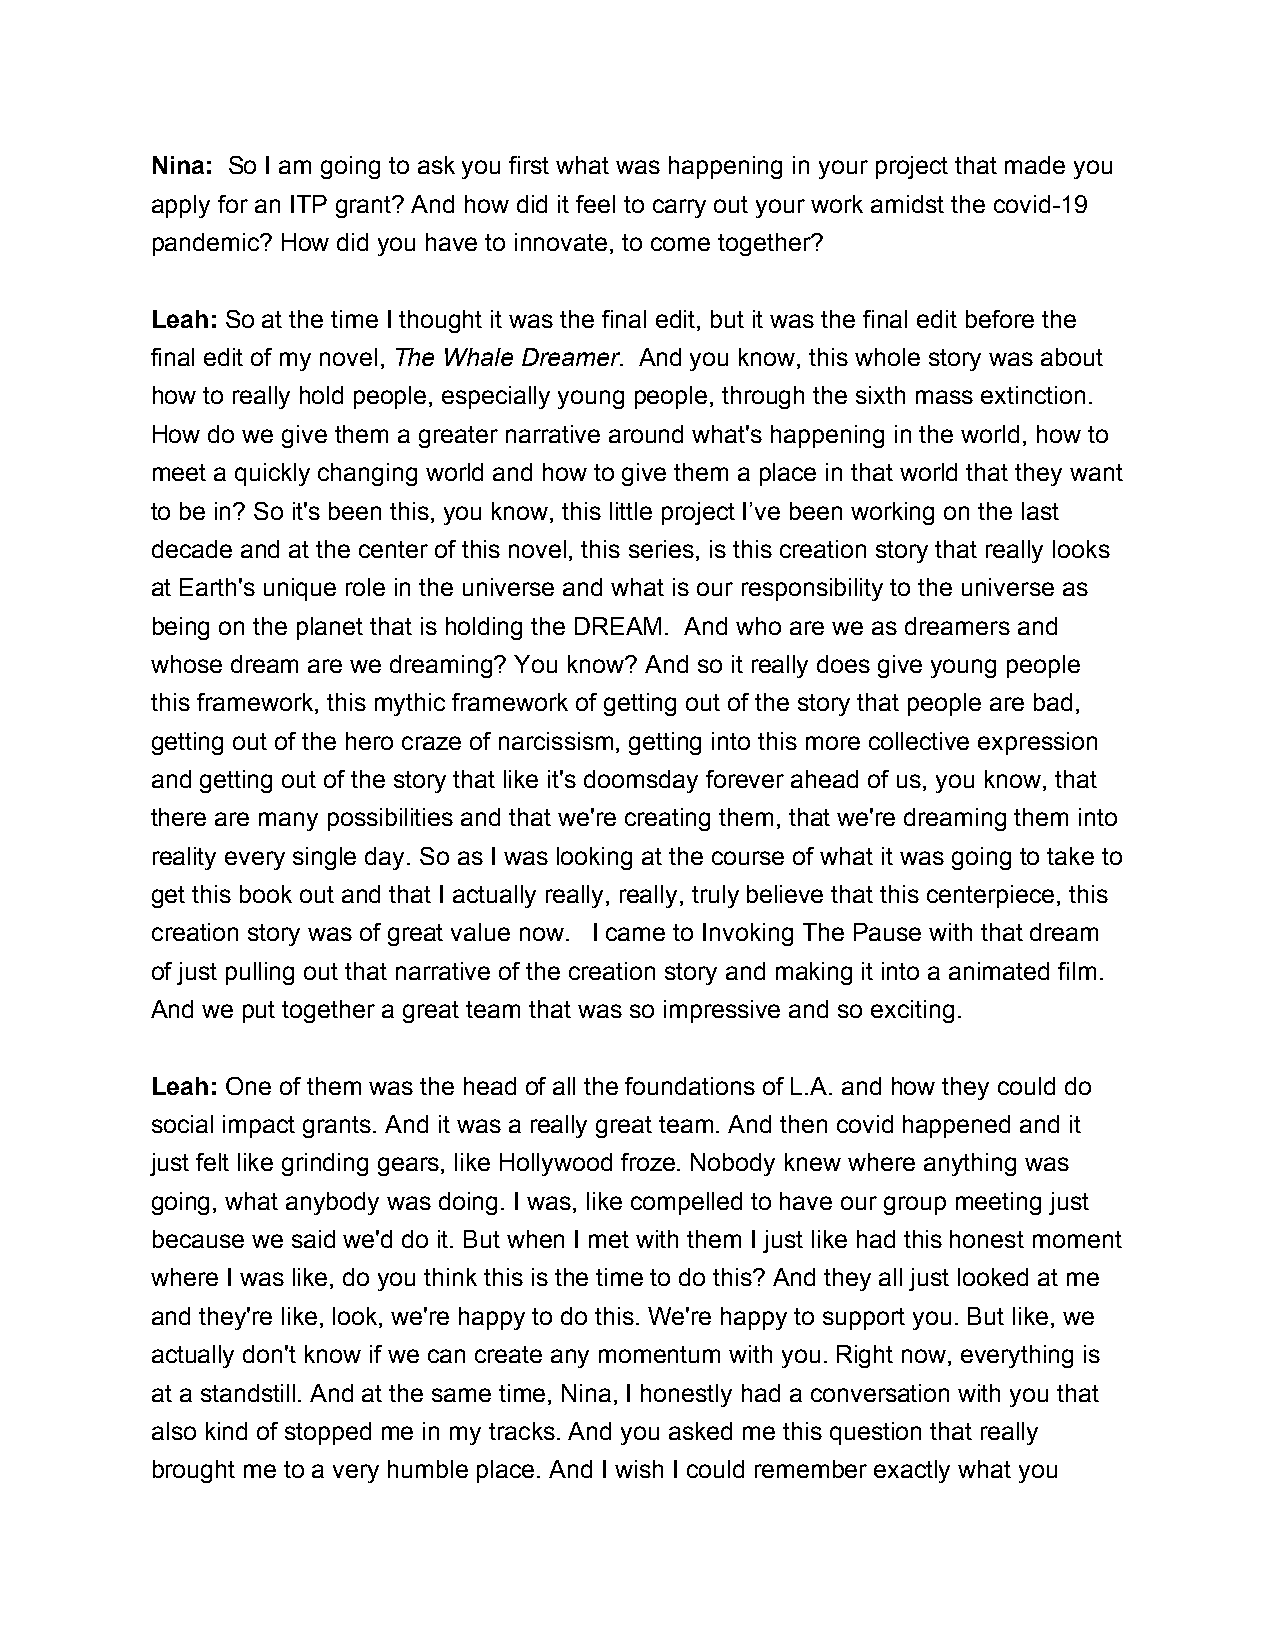
Nina: So I am going to ask you first what was happening in your project that made you
 apply for an ITP grant? And how did it feel to carry out your work amidst the covid-19
 pandemic? How did you have to innovate, to come together?
 Leah: So at the time I thought it was the final edit, but it was the final edit before the
 final edit of my novel, The Whale Dreamer. And you know, this whole story was about
 how to really hold people, especially young people, through the sixth mass extinction.
 How do we give them a greater narrative around what's happening in the world, how to
 meet a quickly changing world and how to give them a place in that world that they want
 to be in? So it's been this, you know, this little project I’ve been working on the last
 decade and at the center of this novel, this series, is this creation story that really looks
 at Earth's unique role in the universe and what is our responsibility to the universe as
 being on the planet that is holding the DREAM. And who are we as dreamers and
 whose dream are we dreaming? You know? And so it really does give young people
 this framework, this mythic framework of getting out of the story that people are bad,
 getting out of the hero craze of narcissism, getting into this more collective expression
 and getting out of the story that like it's doomsday forever ahead of us, you know, that
 there are many possibilities and that we're creating them, that we're dreaming them into
 reality every single day. So as I was looking at the course of what it was going to take to
 get this book out and that I actually really, really, truly believe that this centerpiece, this
 creation story was of great value now. I came to Invoking The Pause with that dream
 of just pulling out that narrative of the creation story and making it into a animated film.
 And we put together a great team that was so impressive and so exciting.
 Leah: One of them was the head of all the foundations of L.A. and how they could do
 social impact grants. And it was a really great team. And then covid happened and it
 just felt like grinding gears, like Hollywood froze. Nobody knew where anything was
 going, what anybody was doing. I was, like compelled to have our group meeting just
 because we said we'd do it. But when I met with them I just like had this honest moment
 where I was like, do you think this is the time to do this? And they all just looked at me
 and they're like, look, we're happy to do this. We're happy to support you. But like, we
 actually don't know if we can create any momentum with you. Right now, everything is
 at a standstill. And at the same time, Nina, I honestly had a conversation with you that
 also kind of stopped me in my tracks. And you asked me this question that really
 brought me to a very humble place. And I wish I could remember exactly what you